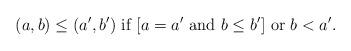
LaTeX: \begin{align*}(a,b) \leq (a',b')\mbox{ if }[a=a'\mbox{ and }b\leq b']\mbox{ or }b<a'.\end{align*}